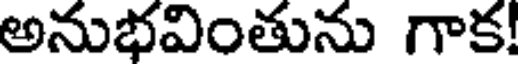
అనుభవింతును గాక!